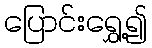
ပြောင်းရွှေ့၍